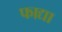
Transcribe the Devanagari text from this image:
फाद्या